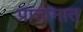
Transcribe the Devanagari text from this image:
प्राक्तनात